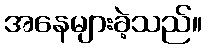
အနေများခဲ့သည်။